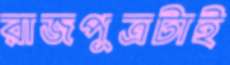
রাজপুত্রটাই